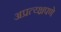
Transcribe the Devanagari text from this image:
अप्रत्य्क्षपणे